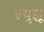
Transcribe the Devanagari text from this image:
ल्युझू